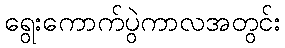
ရွေးကောက်ပွဲကာလအတွင်း